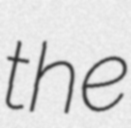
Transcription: the